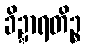
ခိဍ္ဍာရတိဉ္စ